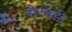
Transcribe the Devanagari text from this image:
बीएचडी